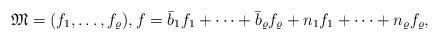
LaTeX: \begin{align*}\mathfrak{M} = (f_{1}, \dots, f_{\varrho}),f = \bar{b}_{1} f_{1} + \dots + \bar{b}_{\varrho} f_{\varrho} + n_{1} f_{1} + \dots + n_{\varrho} f_{\varrho},\end{align*}